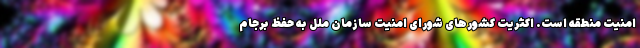
امنیت منطقه است. اکثریت کشورهای شورای امنیت سازمان ملل به حفظ برجام